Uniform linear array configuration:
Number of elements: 4
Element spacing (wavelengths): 0.75
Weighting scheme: cosine
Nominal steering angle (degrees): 45
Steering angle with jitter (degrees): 44.104
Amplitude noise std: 0.05
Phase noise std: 0.05

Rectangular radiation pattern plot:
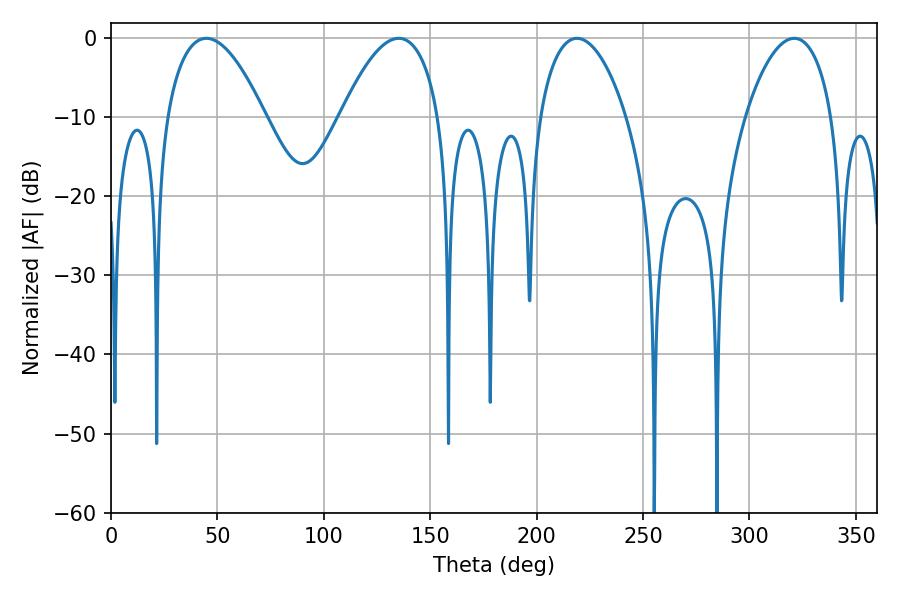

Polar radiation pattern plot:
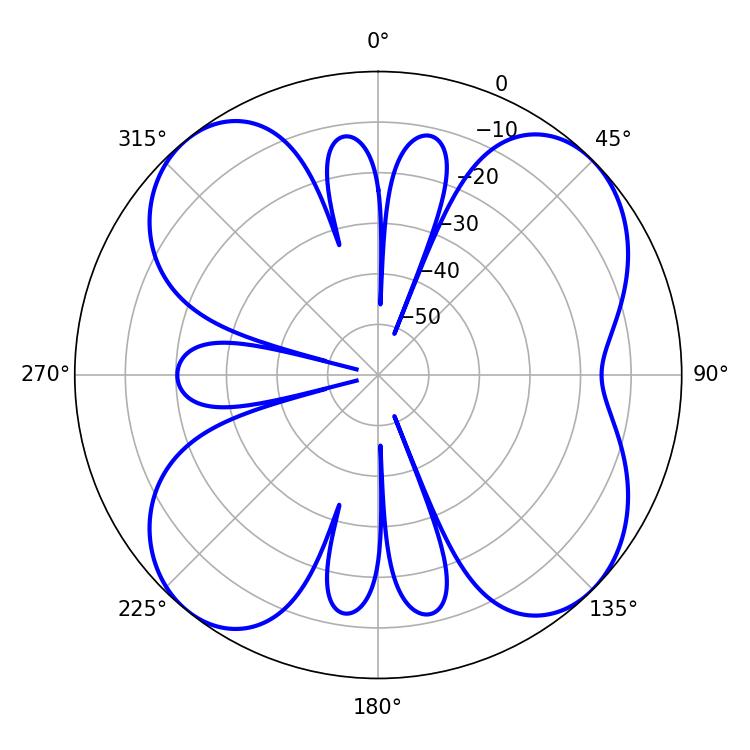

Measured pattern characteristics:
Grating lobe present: TRUE
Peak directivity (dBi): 10.918
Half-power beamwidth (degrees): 25.56
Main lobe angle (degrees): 44.82